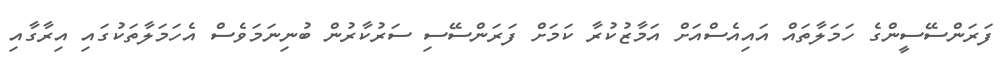
ފަރަންސޭސީންގެ ހަމަލާތައް އައިއެސްއަށް އަމާޒުކުރާ ކަމަށް ފަރަންސޭސި ސަރުކާރުން ބުނިނަމަވެސް އެހަމަލާތަކުގައި އިރާގާއި